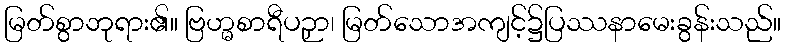
မြတ်စွာဘုရား၏။ ဗြဟ္မစာရီပဉှာ၊ မြတ်သောအကျင့်၌ပြဿနာမေးခွန်းသည်။